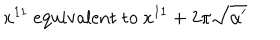
LaTeX: x ^ { 1 1 } \mathrm { ~ e q u i v a l e n t ~ t o ~ } x ^ { 1 1 } + 2 \pi \sqrt { \alpha ^ { \prime } }